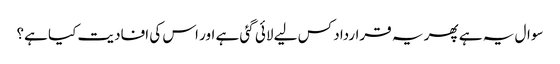
سوال یہ ہے پھر یہ قرارداد کس لیے لائی گئی ہے اور اس کی افادیت کیا ہے؟